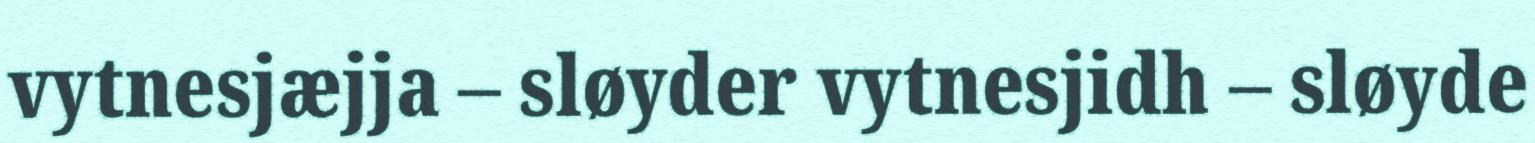
vytnesjæjja – sløyder vytnesjidh – sløyde